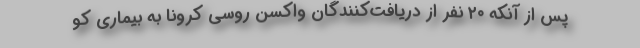
پس از آنکه ۲۰ نفر از دریافت‌کنندگان واکسن روسی کرونا به بیماری کو